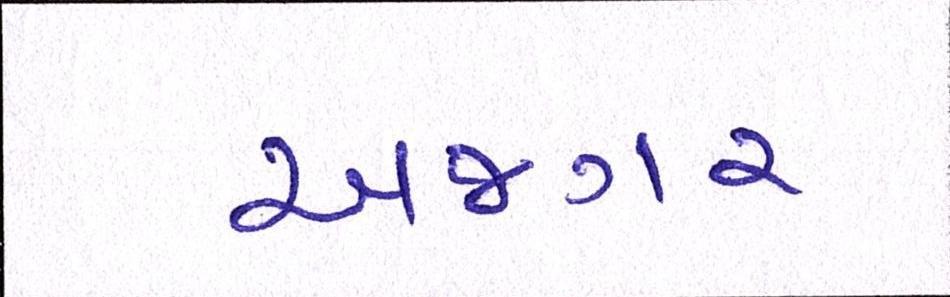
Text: અજગર